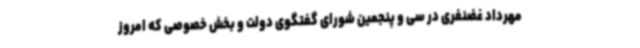
مهرداد غضنفری در سی و پنجمین شورای گفتگوی دولت و بخش خصوصی که امروز